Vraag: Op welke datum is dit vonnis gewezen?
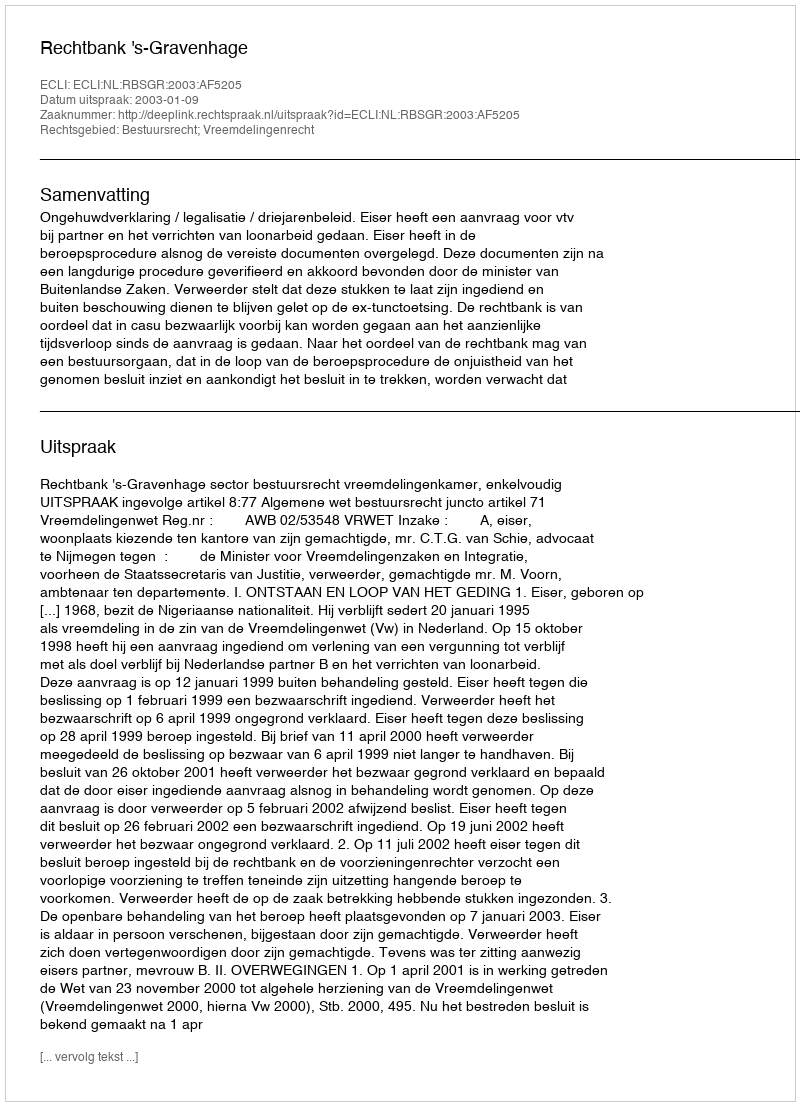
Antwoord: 2003-01-09